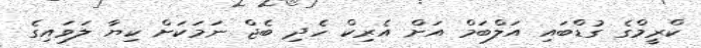
ކްރީމްގެ ގުޑްބައި އަލްބަމް އަށް އެރިކް ހެދި ބެޖް ނަމަކަށް ކިޔާ ލަވައިގެ